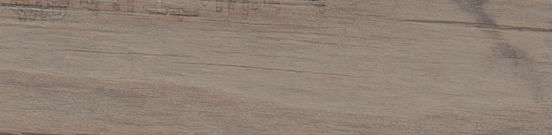
مسجد الرحمة يرحب بكم للصل